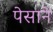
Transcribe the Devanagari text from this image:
पेसाने